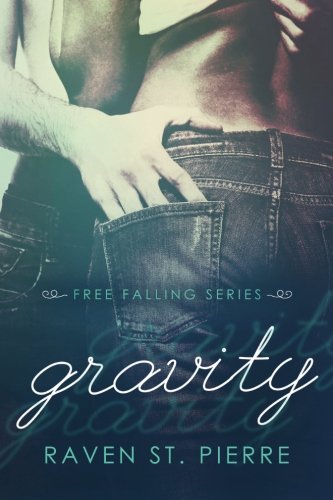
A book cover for Gravity (Free Falling) (Volume 1); Raven St. Pierre; Romance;